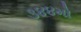
૩૪૪મો